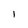
Character: I